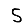
Digit: 5